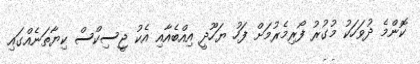
ކޮންމެ ދުވަހަކު މުގުރު ފޯރިމެރުމަށް ފަހު ޔަހޫދީ އިއްބެއާއި އެކު ޖީސިކްސް ކިޔާތަނެއްގައި